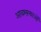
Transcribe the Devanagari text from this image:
आवश्य़क्ताओं